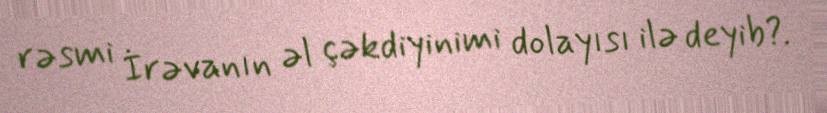
rəsmi İrəvanın əl çəkdiyinimi dolayısı ilə deyib?.